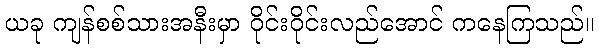
ယခု ကျန်စစ်သားအနီးမှာ ဝိုင်းဝိုင်းလည်အောင် ကနေကြသည်။